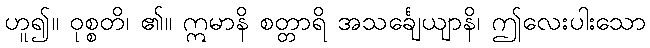
ဟူ၍။ ဝုစ္စတိ၊ ၏။ ဣမာနိ စတ္တာရိ အသင်္ချေယျာနိ၊ ဤလေးပါးသော